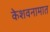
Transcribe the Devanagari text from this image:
केशवनामात